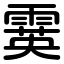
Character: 霙